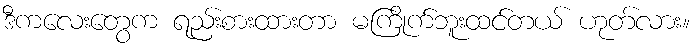
ဒီကလေးတွေက ရည်းစားထားတာ မကြိုက်ဘူးထင်တယ် ဟုတ်လား။